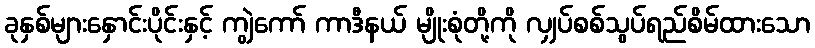
ခုနှစ်များနှောင်းပိုင်းနှင့် ကျွဲကော် ကာဒီနယ် မျိုးစုံတို့ကို လျှပ်စစ်သွပ်ရည်စိမ်ထားသော